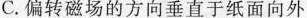
C.偏转磁场的方向垂直于纸面向外